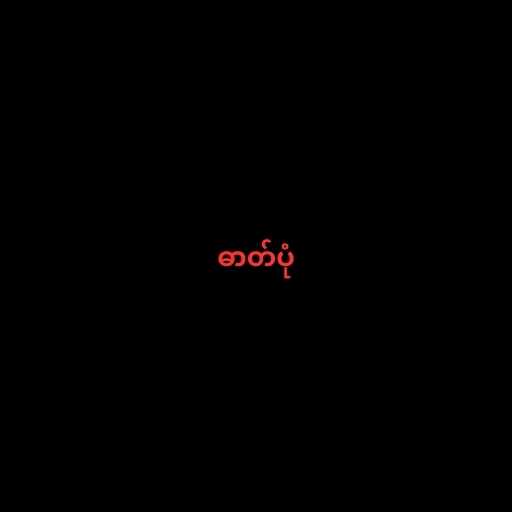
ဓာတ်ပုံ